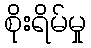
စိုးရိမ်မှု